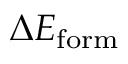
\Delta E _ { \mathrm { f o r m } }